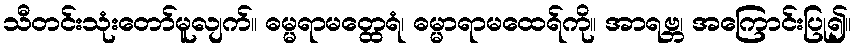
သီတင်းသုံးတော်မူလျက်။ ဓမ္မရာမတ္ထေရံ၊ ဓမ္မာရာမထေရ်ကို။ အာရဗ္ဘ၊ အကြောင်းပြု၍။